Indian journal of veterinary science and animal husbandry - Volumes 24-25, 1954-1955
Year: 1954
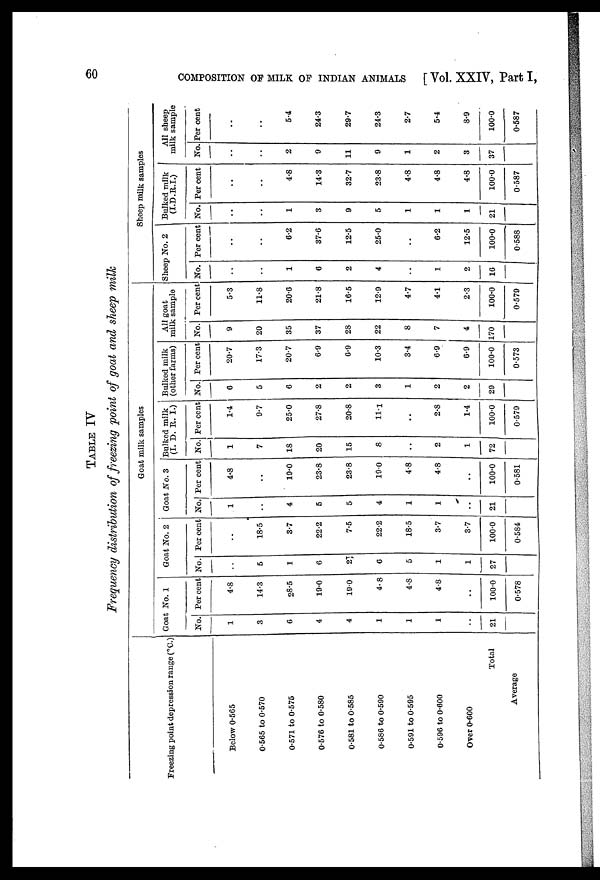
60
COMPOSITION OF MILK OF INDIAN ANIMALS
[ Vol. XXIV, Part I,
TABLE IV
Frequency distribution of freezing point of goat and sheep milk
Freezing point depression range (°C.)
Below 0.565
0.565 to 0.570
0.571 to 0.575
0.676 to 0.580
0.581 to 0.585
0.586 to 0.590
0.591 to 0.595
0.596 to 0.600
Over 0.600
Total
Average
Goat milk samples
Goat No. 1
No.
1
3
6
4
4
1
1
1
..
21
Per cent
4.8
14.3
28.5
19.0
19.0
4.8
4.8
4.8
..
100.0
0.578
Goat No. 2
No.
..
5
1
6
21
6
5
1
1
27
Per cent
..
18.5
3.7
22.2
7.5
22.2
18.5
3.7
3.7
100.0
0.584
Goat No. 3
No.
1
..
4
5
5
4
1
1
..
21
Per cent
4.8
..
19.0
23.8
23.8
19.0
4.8
4.8
..
100.0
0.581
Bulked milk
(I. D. B. I.)
No.
1
7
18
20
15
8
..
2
1
72
Per cent
1.4
9.7
25.0
27.8
20.8
11.1
..
2.8
1.4
100.0
0.579
Bulked milk
(other farms)
No.
6
5
6
2
2
3
1
2
2
29
Per cent
20.7
17.3
20.7
6.9
6.9
10.3
3.4
6.9
6.9
100.0
0.573
All goat
milk sample
No.
9
20
35
37
28
22
8
7
4
170
Per cent
5.3
11.8
20.6
21.8
16.5
12.9
4.7
4.1
2.3
100.0
0.579
Sheep milk samples
Sheep No. 2
No.
..
..
1
6
2
4
..
1
2
16
Per cent
..
..
6.2
37.6
12.5
25.0
..
6.2
12.5
100.0
0.588
Bulked milk
(I.D.R.I.)
No.
..
..
1
3
9
5
1
1
1
21
Per cent
..
..
4.8
14.3
32.7
23.8
4.8
4.8
4.8
100.0
0.587
All sheep
milk sample
No.
..
..
2
9
11
9
1
2
3
37
Per cent
..
..
5.4
24.3
29.7
24.3
2.7
5.4
8.9
100.0
0.587